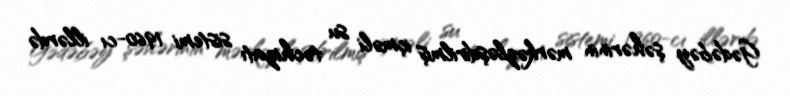
Gədəbəy şəhərinin mərkəzləşdirilmiş içməli su təchizatı sistemi 1960-cı illərdə